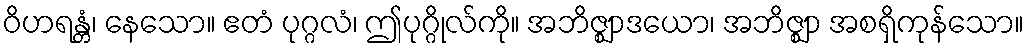
ဝိဟရန္တံ၊ နေသော။ ဧတံ ပုဂ္ဂလံ၊ ဤပုဂ္ဂိုလ်ကို။ အဘိဇ္ဈာဒယော၊ အဘိဇ္ဈာ အစရှိကုန်သော။